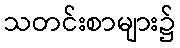
သတင်းစာများ၌